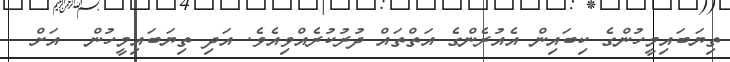
ތިޔަބައިމީހުންގެ ކިބައިން އެއުރެންގެ އަތްތައް ދުރުކުރެއްވިއެވެ. އަދި ތިޔަބައިމީހުން  އަށް